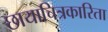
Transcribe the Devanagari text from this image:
छायाचित्रकारिता